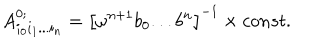
A _ { i _ { 0 } i _ { 1 } . . . i _ { n } } ^ { 0 ; } = \left[ \omega ^ { n + 1 } b _ { 0 } . . . b ^ { n } \right] ^ { - 1 } \times c o n s t .